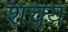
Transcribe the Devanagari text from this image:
शचय